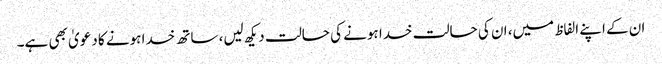
ان کے اپنے الفاظ میں، ان کی حالت خدا ہونے کی حالت دیکھ لیں، ساتھ خدا ہونے کا دعویٰ بھی ہے۔